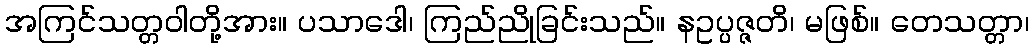
အကြင်သတ္တဝါတို့အား။ ပသာဒေါ၊ ကြည်ညိုခြင်းသည်။ နဥပ္ပဇ္ဇတိ၊ မဖြစ်။ တေသတ္တာ၊